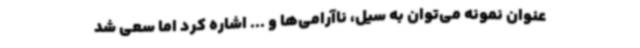
عنوان نمونه می‌توان به سیل، ناآرامی‌ها و ... اشاره کرد اما سعی شد